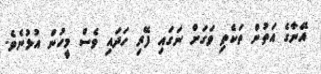
އޭނާގެ އަތުން ތަކެތި ވަގަށް ނަގައި ފޭރި ހަދައި ވެސް މީހުން އުޅުނެވެ.